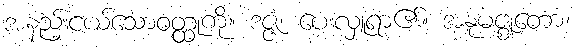
အနည်းငယ်သောဝတ္ထုကို။ ဒဇ္ဇံ၊ ပေးလှူရာ၏။ အနုမဇ္ဈတော၊